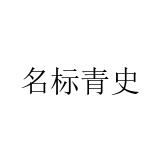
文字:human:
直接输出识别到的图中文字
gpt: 名标青史